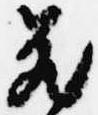
蔵